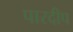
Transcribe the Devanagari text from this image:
पारदीप